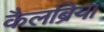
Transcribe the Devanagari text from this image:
कैलब्रिया